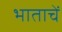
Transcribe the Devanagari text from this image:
भाताचें